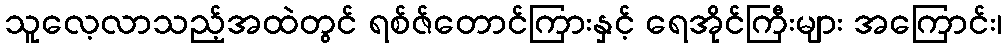
သူလေ့လာသည့်အထဲတွင် ရစ်ဇ်တောင်ကြားနှင့် ရေအိုင်ကြီးများ အကြောင်း၊